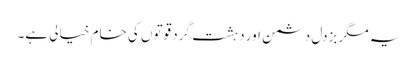
یہ مگر بزدل دشمن اور دہشت گرد قوتوں کی خام خیالی ہے۔